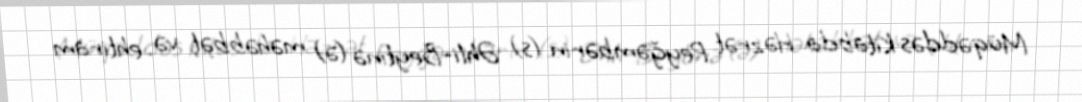
Müqəddəs Kitabda Həzrət Peyğəmbərin (s) Əhli-Beytinə (ə) məhəbbət və ehtiram